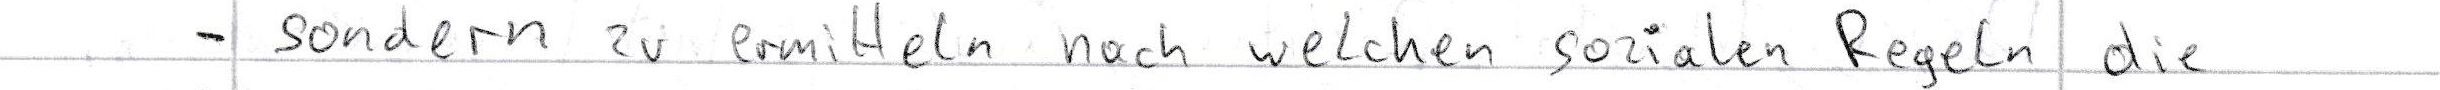
- sondern zu ermitteln nach welchen sozialen Regeln die